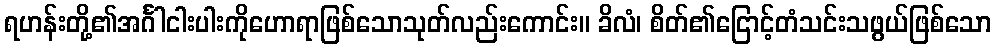
ရဟန်းတို့၏အင်္ဂါငါးပါးကိုဟောရာဖြစ်သောသုတ်လည်းကောင်း။ ခိလံ၊ စိတ်၏ငြောင့်တံသင်းသဖွယ်ဖြစ်သော